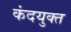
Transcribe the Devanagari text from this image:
कंदयुक्त